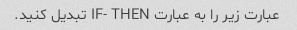
عبارت زیر را به عبارت IF- THEN تبدیل کنید.